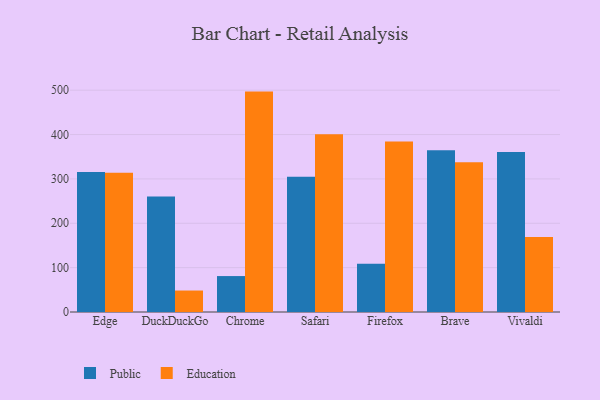
{"axis": {"x": "Browser", "y": "Active Users"}, "legend": ["Education", "Public"], "data": [{"x": "Edge", "y": 315.8, "type": "Public"}, {"x": "Edge", "y": 313.7, "type": "Education"}, {"x": "DuckDuckGo", "y": 260.5, "type": "Public"}, {"x": "DuckDuckGo", "y": 48.4, "type": "Education"}, {"x": "Chrome", "y": 81.0, "type": "Public"}, {"x": "Chrome", "y": 496.8, "type": "Education"}, {"x": "Safari", "y": 304.8, "type": "Public"}, {"x": "Safari", "y": 400.6, "type": "Education"}, {"x": "Firefox", "y": 108.8, "type": "Public"}, {"x": "Firefox", "y": 384.3, "type": "Education"}, {"x": "Brave", "y": 364.7, "type": "Public"}, {"x": "Brave", "y": 337.3, "type": "Education"}, {"x": "Vivaldi", "y": 360.4, "type": "Public"}, {"x": "Vivaldi", "y": 169.0, "type": "Education"}]}